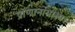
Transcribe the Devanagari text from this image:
प्राणानायाम्य।